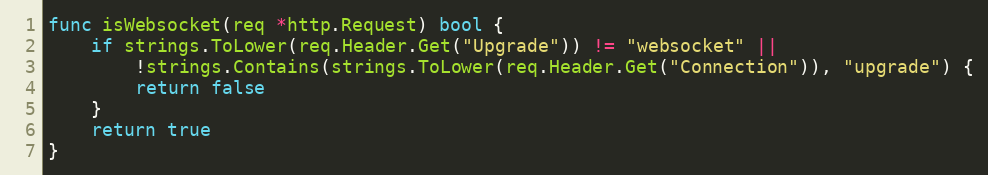
Language: Go
func isWebsocket(req *http.Request) bool {
	if strings.ToLower(req.Header.Get("Upgrade")) != "websocket" ||
		!strings.Contains(strings.ToLower(req.Header.Get("Connection")), "upgrade") {
		return false
	}
	return true
}